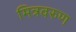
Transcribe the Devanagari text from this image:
मित्रवरुण